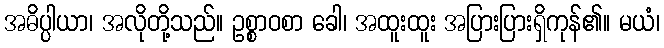
အဓိပ္ပါယာ၊ အလိုတို့သည်။ ဥစ္စာဝစာ ခေါ၊ အထူးထူး အပြားပြားရှိကုန်၏။ မယံ၊